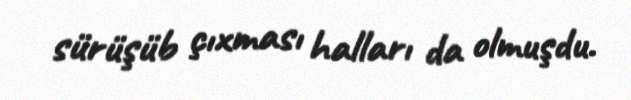
sürüşüb çıxması halları da olmuşdu.